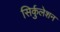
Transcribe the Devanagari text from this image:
सिर्कुलेशन